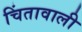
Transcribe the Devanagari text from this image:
चिंतावाली